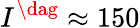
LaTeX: I^{\dag}\approx 150